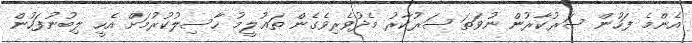
އެންމެ ފަހުން ސަރުކާރުން ނުވަތަ ސަރުކާރު މެދުވެރިވެގެން ތަޢުލީމު ހާސިލުކުރުމަށް އެހީ ލިބުނުފަހުން